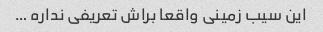
این سیب زمینی واقعا براش تعریفی نداره …